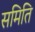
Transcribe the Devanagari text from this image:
समिति